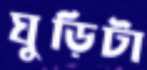
ঘুড়িটা